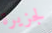
لجزيرة